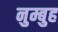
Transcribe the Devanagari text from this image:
नुम्बुह